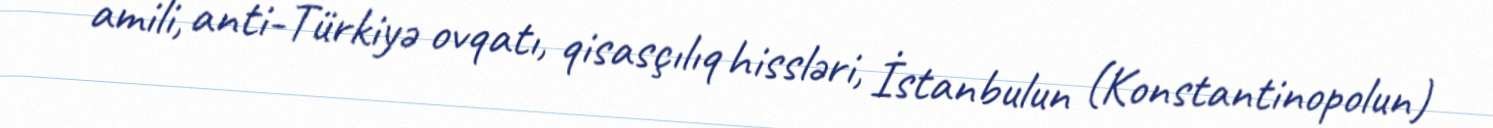
amili, anti-Türkiyə ovqatı, qisasçılıq hissləri, İstanbulun (Konstantinopolun)